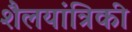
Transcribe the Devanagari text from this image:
शैलयांत्रिकी